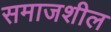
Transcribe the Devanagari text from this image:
समाजशील